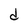
Character: d